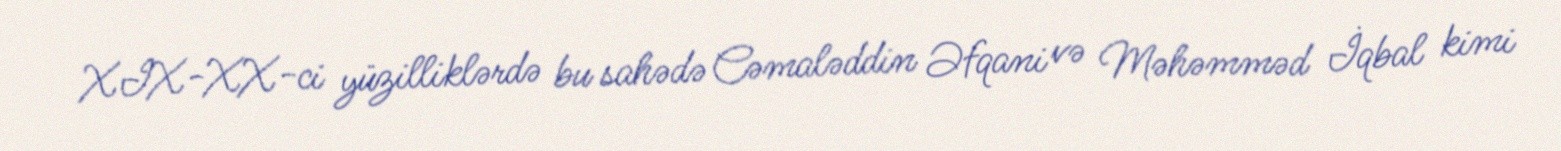
XIX-XX-ci yüzilliklərdə bu sahədə Cəmaləddin Əfqani və Məhəmməd İqbal kimi